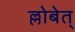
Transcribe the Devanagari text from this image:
ल्लोबेत्